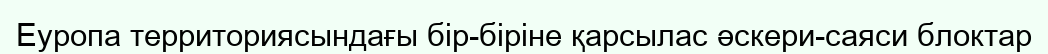
Еуропа территориясындағы бір-біріне қарсылас әскери-саяси блоктар